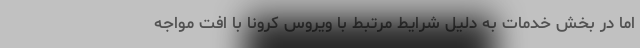
اما در بخش خدمات به دلیل شرایط مرتبط با ویروس کرونا با افت مواجه